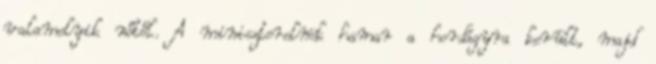
valamelyik nőtől. A miniszterelnök hamar a hordágyra került, majd